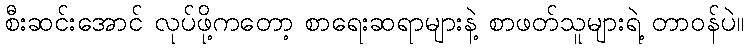
စီးဆင်းအောင် လုပ်ဖို့ကတော့ စာရေးဆရာများနဲ့ စာဖတ်သူများရဲ့ တာဝန်ပဲ။